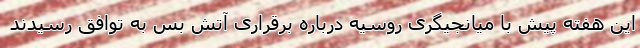
این هفته پیش با میانجیگری روسیه درباره برقراری آتش بس به توافق رسیدند